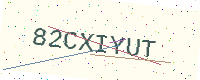
Text: 82CXIYUT